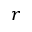
r